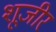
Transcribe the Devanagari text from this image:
शूजीर